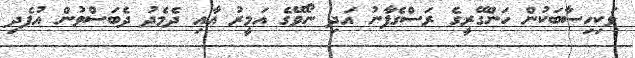
ވަކިހިސާބަކުން ހަންގޭރީގެ ރަސްގެފާނު އަދި ނޯވޭގެ އަމީރު އާއި ދެމެދު ދެބަސްވުން އުފެދި